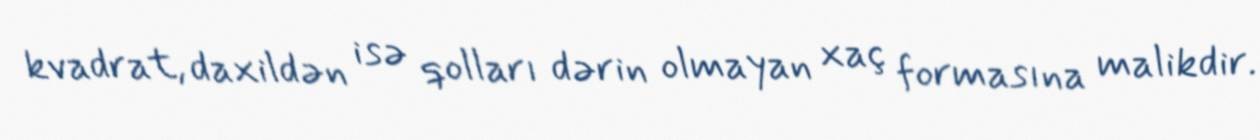
kvadrat, daxildən isə qolları dərin olmayan xaç formasına malikdir.